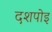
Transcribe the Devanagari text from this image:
दशपोइ